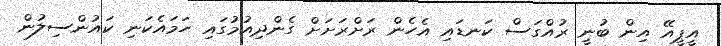
އީޕީއޭ އިން ބުނީ ރުއްގަސް ކަނޑައި އެހެން ރަށްރަށަށް ގެންދިއުމުގައި ހަމައެކަނި ކައުންސިލުން